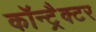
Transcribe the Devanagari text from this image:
कॉन्ट्रैक्टर